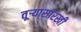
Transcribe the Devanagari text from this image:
तूऱ्यासारखी